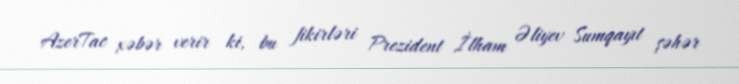
AzerTac xəbər verir ki, bu fikirləri Prezident İlham Əliyev Sumqayıt şəhər